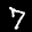
Label: 7